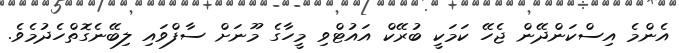
އެންމެ އިސްކަންދޭން ޖެހޭ ކަމަކީ ބުރޭކް އައުޓްވި މީހާގެ މޫނަށް ސާފްވައި ލިބޭނެގޮތްހެދުމެވެ.